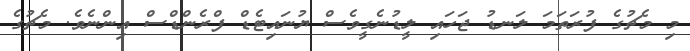
މި މެޗުގެ ފުރަތަމަ ލަނޑު ޖަހައި ލީޑުނެގީވެސް ޔުނައިޓެޑް ފްރެންޑްސް އިންނެވެ. މެޗުގެ